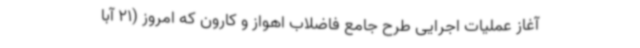
آغاز عملیات اجرایی طرح جامع فاضلاب اهواز و کارون که امروز (21 آبا